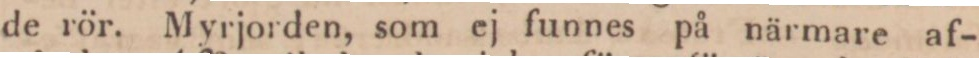
de rör. Myrjorden, som ej funnes på närmare af-